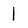
Character: I